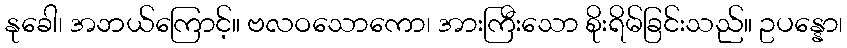
နုခေါ၊ အဘယ်ကြောင့်။ ဗလဝသောကော၊ အားကြီးသော စိုးရိမ်ခြင်းသည်။ ဥပန္နော၊